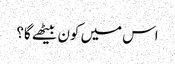
اس میں کون بیٹھے گا؟